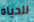
للحياه